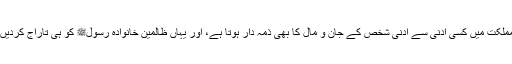
آپ تو اسے خلیفہ برحق مانتے ہیں، خلیفہ تو اپنی مملکت میں کسی ادنیٰ سے ادنیٰ شخص کے جان و مال کا بھی ذمہ دار ہوتا ہے، اور یہاں ظالمین خانوادہ رسولﷺ کو ہی تاراج کردیں اور اس سے بطور “خلیفہ” بازپرس نہ کی جائے؟